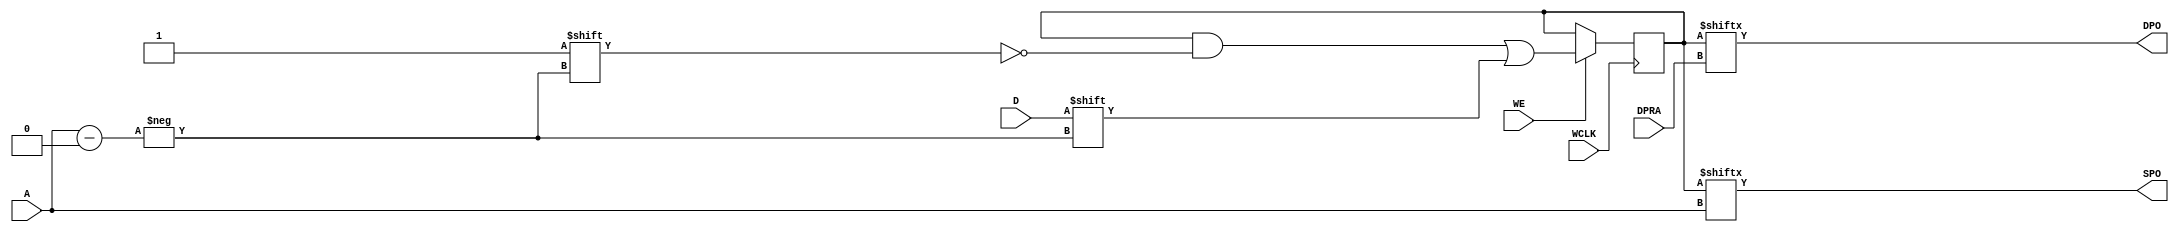
// This program was cloned from: https://github.com/fredrequin/verilator_xilinx
// License: BSD 2-Clause "Simplified" License

`ifdef verilator3
`else
`timescale 1 ps / 1 ps
`endif
//
// RAM256X1D primitive for Xilinx FPGAs
// Compatible with Verilator tool (www.veripool.org)
// Copyright (c) 2019-2022 Frdric REQUIN
// License : BSD
//

/* verilator coverage_off */
module RAM256X1D
#(
    parameter [255:0] INIT = 256'h0,
    parameter   [0:0] IS_WCLK_INVERTED = 1'b0
)
(
    // Write clock
    input  wire       WCLK,
    // Write enable
    input  wire       WE,
    // Read / Write address
    input  wire [7:0] A,
    // Read address
    input  wire [7:0] DPRA,
    // Data in
    input  wire       D,
    // Data out
    output wire       SPO,
    output wire       DPO
);
    // 256 x 1-bit Select RAM
    reg  [255:0] _r_mem;
    
    // Power-up value
    initial begin : INIT_STATE
        _r_mem = INIT;
    end
    
    // Synchronous memory write
    generate
        if (IS_WCLK_INVERTED) begin : GEN_WCLK_NEG
            always @(negedge WCLK) begin : MEM_WRITE
            
                if (WE) begin
                    _r_mem[A] <= D;
                end
            end
        end
        else begin : GEN_WCLK_POS
            always @(posedge WCLK) begin : MEM_WRITE
            
                if (WE) begin
                    _r_mem[A] <= D;
                end
            end
        end
    endgenerate
    
    // Asynchronous memory read
    assign SPO = _r_mem[A];
    assign DPO = _r_mem[DPRA];

endmodule
/* verilator coverage_on */